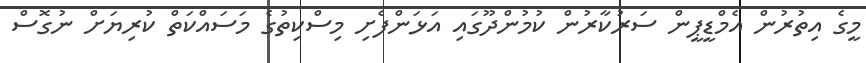
މީގެ އިތުރުން އެމްޑީޕީން ސަރުކާރުން ކުމުންދޫގައި އަޅަންފެށި މިސްކިތުގެ މަސައްކަތް ކުރިޔަށް ނުގޮސް